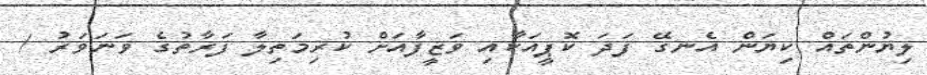
ލިޔުންތައް ކިޔަން އެނގޭ ފަދަ ކޮޕީއަކާއި ވަޒީފާއަށް ކުރިމަތިލާ ފަރާތުގެ ވަނަވަރު /